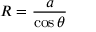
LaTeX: R = { \frac { a } { \cos \theta } }